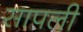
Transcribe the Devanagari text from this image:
सापली